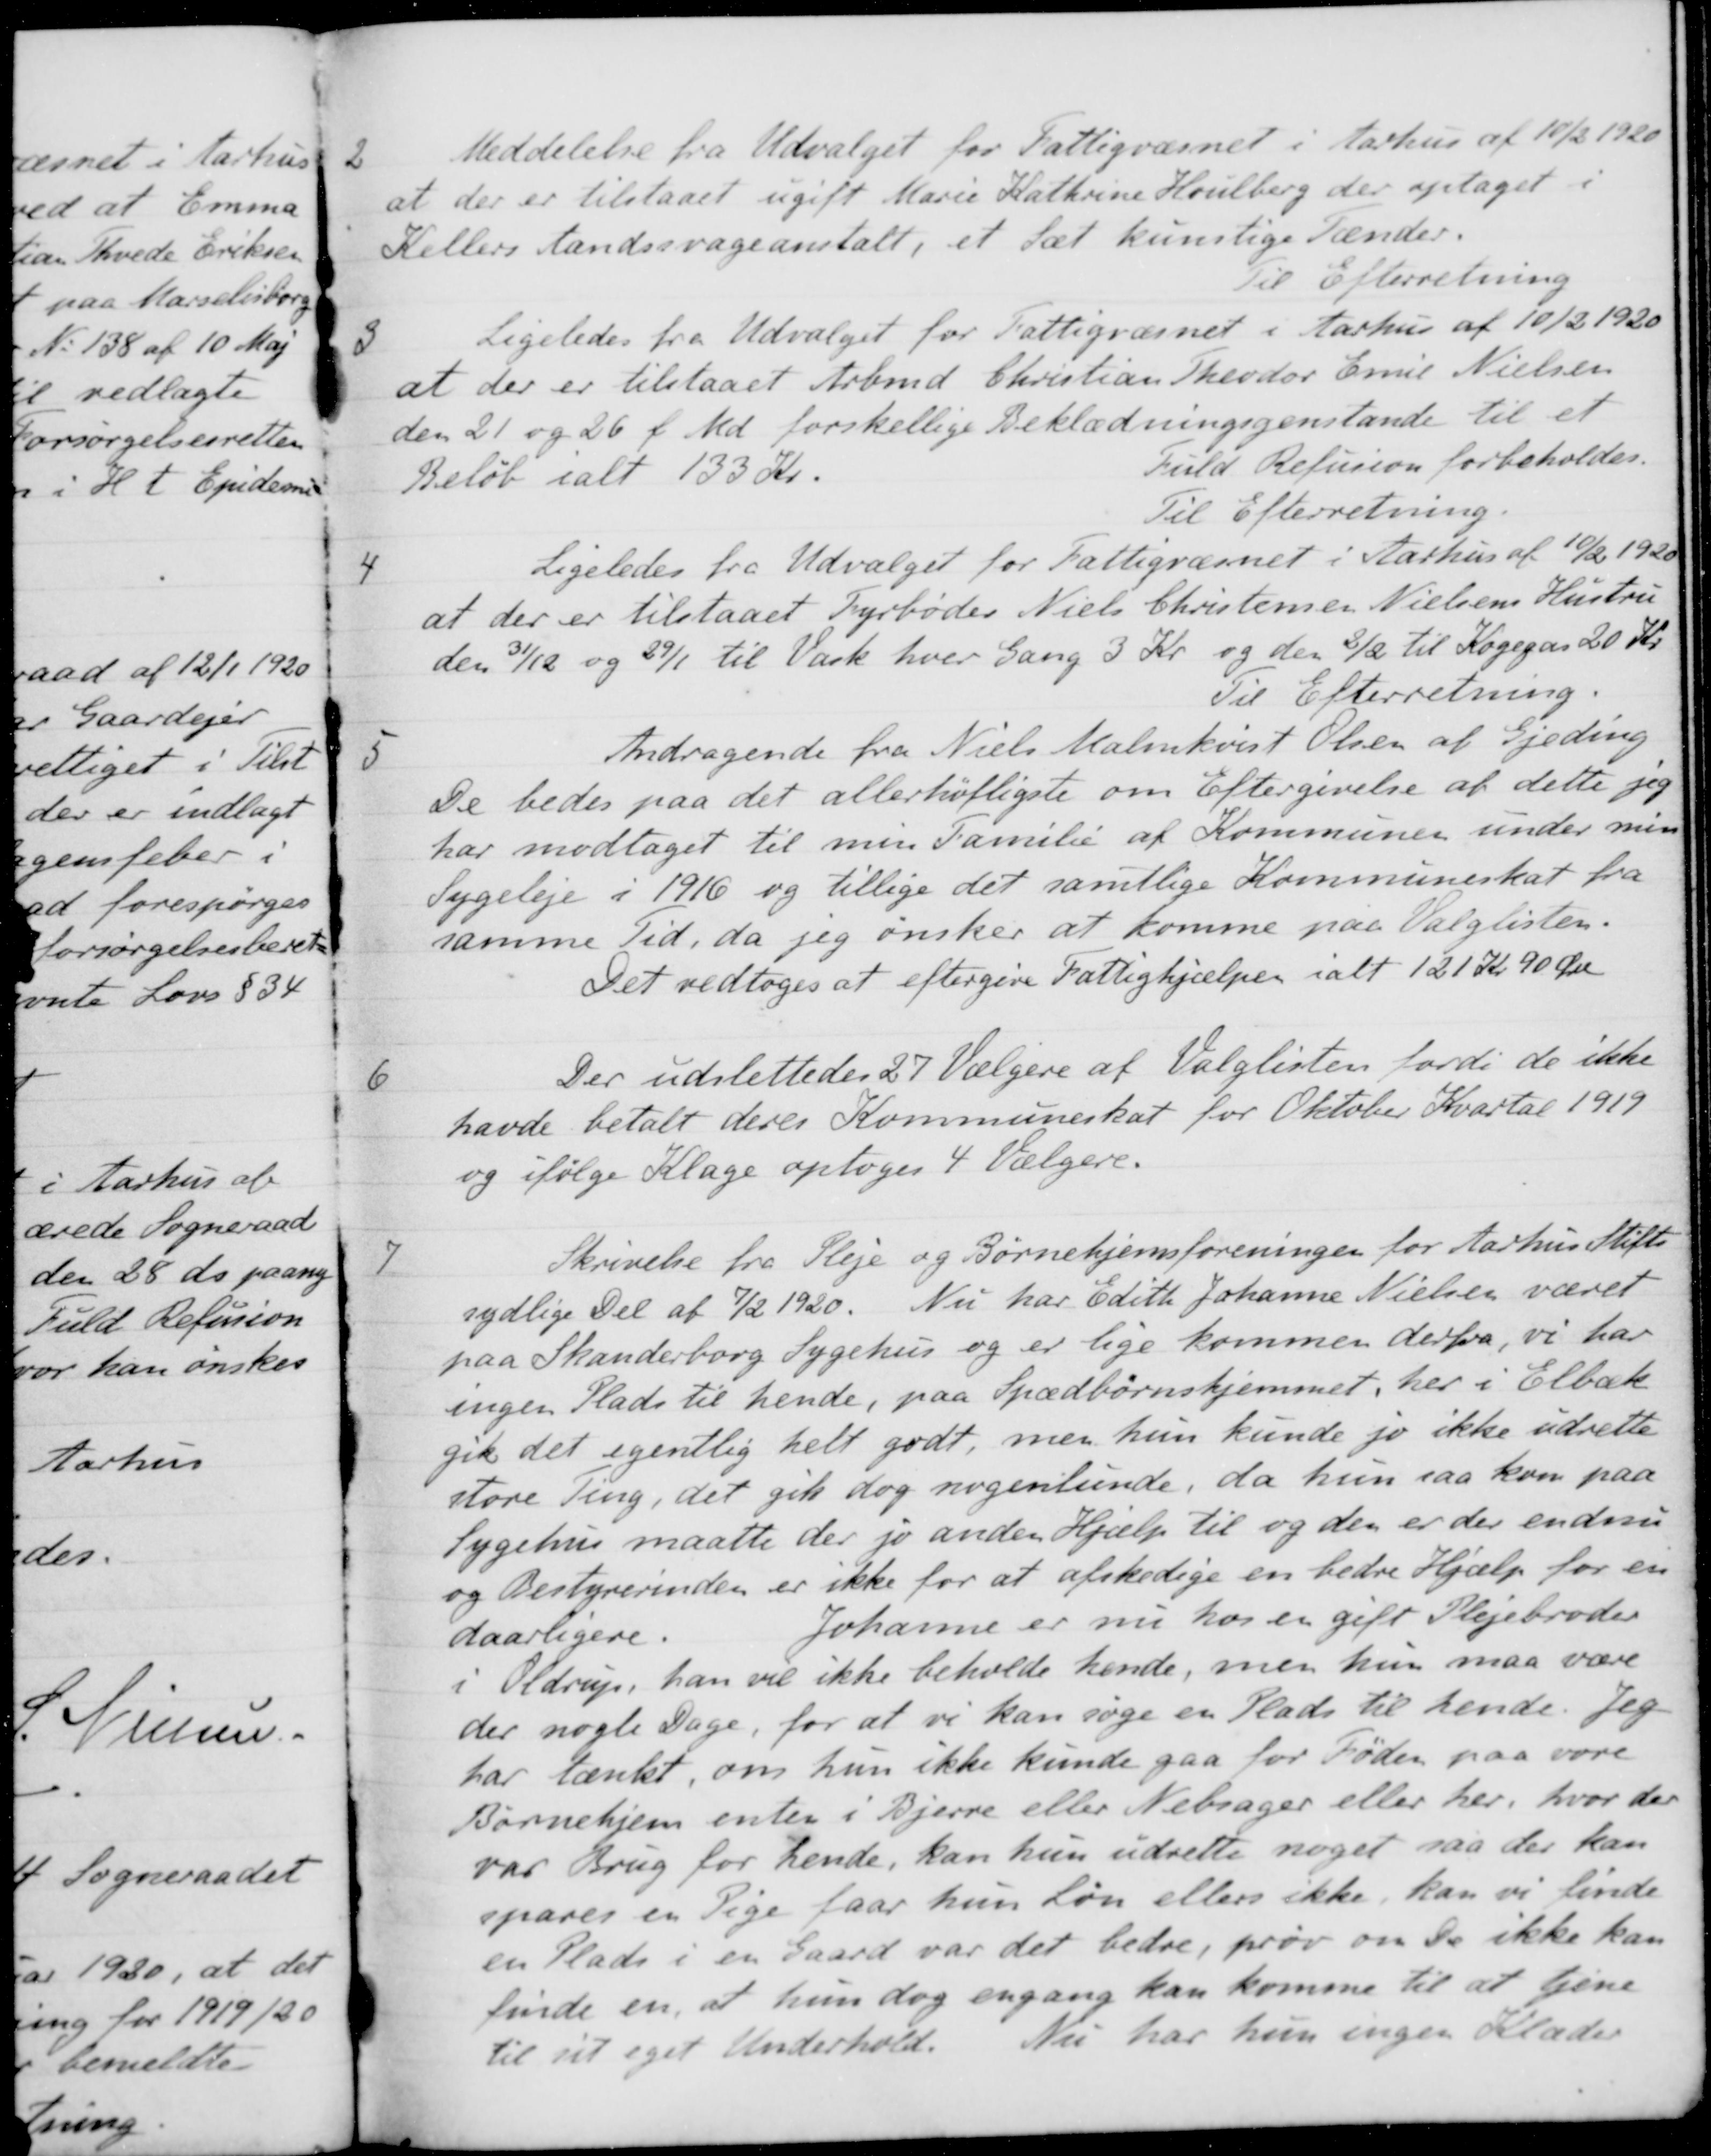
Transskription:
2
Meddelelse fra Udvalget for Fattigvæsnet i Aarhus af 10/2 1920
at der er tilstaaet ugift Marie Kathrine Houlberg der optaget i
Kellers Aandssvageanstalt, et sæt kunstige Tænder.
Til Efterretning
3
Ligeledes fra Udvalget for Fattigvæsnet i Aarhus af 10/2 1920
at der er tilstaaet Arbmd. Christian Theodor Emil Nielsen
den 21 og 26 f. Md. forskellige Beklædningsgenstande til et
Beløb ialt 133 Kr.
fuld Refusion forbeholdes.
Til Efterretning.
4
Ligeledes fra Udvalget for Fattigvæsnet i Aarhus af 10/2 1920
at der er tilstaaet Fyrbøder Niels Christensen Nielsens Hustru
den 31/12 og 29/1 til Vask hver Gang 3 Kr. og den 2/2 til Kogegas 20 Kr.
Til Efterretning.
5
Andragende fra Niels Malmkvist Olsen af Gjeding
De bedes paa det allerhøfligste om Eftergivelse af dette jeg
har modtaget til min Familie af Kommunen under min
Sygeleje i 1916 og tillige det samtlige Kommuneskat fra
samme Tid, da jeg ønsker at komme paa Valglisten.
Det vedtoges at eftergive Fattighjælpen i alt 121 Kr 90 Øre
6
Der udslettedes 27 Vælgere af Valglisten fordi de ikke
havde betalt deres Kommuneskat for Oktober Kvartal 1919
og ifølge Klage optoges 4 Vælgere.
7
Skrivelse fra Pleje og Børnehjemsforeningen for Aarhus Stifts
sydlige Del af 7/2 1920. Nu har Edith Johanne Nielsen været
paa Skanderborg Sygehus og er lige kommen derfra, vi har
ingen Plads til hende, paa Spædbørnshjemmet, her i Elbæk
gik det egentlig helt godt, men hun kunde jo ikke udrette
store Ting, det gik dog nogenlunde, da hun saa kom paa
Sygehus maatte der jo anden Hjælp til og den er der endnu
og Bestyrerinden er ikke for at afskedige en bedre Hjælp for en
daarligere. Johanne er nu hos en gift Plejebroder
i Oldrup, han vil ikke beholde hende, men hun maa være
der nogle Dage, for at vi kan søge en Plads til hende. Jeg
har tænkt, om hun ikke kunde gaa for Føden paa vore
Børnehjem enten i Bjerre eller Nebsager eller her, hvor der
var Brug for hende, kan hun udrette noget saa der kan
spares en Pige faar hun løn ellers ikke, kan vi finde
en Plads i en Gaard var det bedre, prøv om de ikke kan
finde en, at hun dog engang kan komme til at tjene
til sit eget Underhold. Nu har hun ingen Klæder